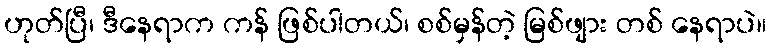
ဟုတ်ပြီ၊ ဒီနေရာက ကန် ဖြစ်ပါတယ်၊ စစ်မှန်တဲ့ မြစ်ဖျား တစ် နေရာပဲ။